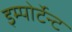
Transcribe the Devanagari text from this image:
इम्पोर्टेन्ट